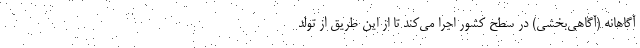
آگاهانه (آگاهی‌بخشی) در سطح کشور اجرا می‌کند تا از این طریق از تولد